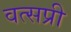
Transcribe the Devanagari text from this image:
वत्सप्री